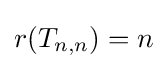
r(T_{n,n})=n